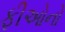
ફીઓનો